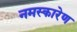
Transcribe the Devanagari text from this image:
नमस्कारेण